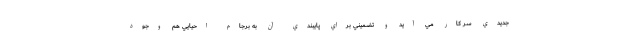
جديدي سر كار مي آيد و تضميني براي پايبندي آن به برجام احيايي هم وجود